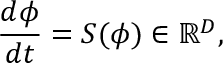
\frac { d \phi } { d t } = { S } ( \phi ) \in \mathbb { R } ^ { D } ,